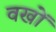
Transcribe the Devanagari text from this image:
वखों